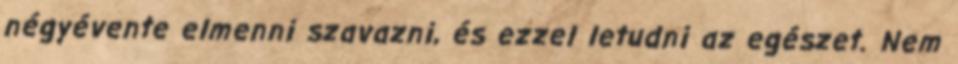
négyévente elmenni szavazni, és ezzel letudni az egészet. Nem